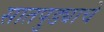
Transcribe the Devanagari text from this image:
सातपुड्याचे